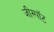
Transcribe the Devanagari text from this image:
जीस्पॉट